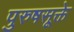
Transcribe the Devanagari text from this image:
पुरुषसूक्ते